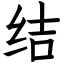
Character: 结